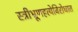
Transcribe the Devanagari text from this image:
स्त्रीभ्रूणहत्येविरोधात